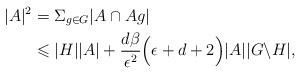
LaTeX: \begin{align*}|A|^{2} & = \Sigma_{g\in G}|A\cap Ag| \\& \leqslant |H||A| + \frac{d\beta}{\epsilon^{2}}\Big(\epsilon+ d +2\Big)|A||G\backslash H|, \end{align*}